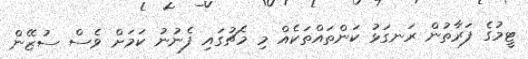
ޓީމުގެ ފަރާތުން ރަނގަޅު ކަންތައްތަކެއް މި މެޗުގައި ފެނުނު ކަމަށް ވެސް ސުޒޭން